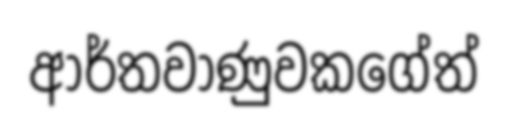
ආර්තවාණුවකගේත්